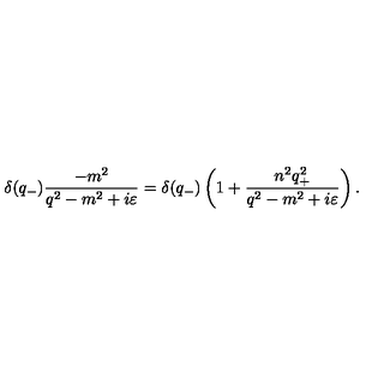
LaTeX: { \delta } ( q _ { - } ) \frac { - m ^ { 2 } } { q ^ { 2 } - m ^ { 2 } + i { \varepsilon } } = { \delta } ( q _ { - } ) \left( 1 + \frac { n ^ { 2 } q _ { + } ^ { 2 } } { q ^ { 2 } - m ^ { 2 } + i { \varepsilon } } \right) .